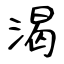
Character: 渴